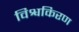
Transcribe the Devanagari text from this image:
विश्वकिरण